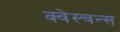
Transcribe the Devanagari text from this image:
क्वेस्चन्स